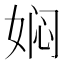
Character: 𭑽